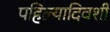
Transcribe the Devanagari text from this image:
पहिल्यादिवशी